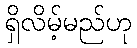
ရှိလိမ့်မည်ဟု